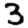
Digit: 3